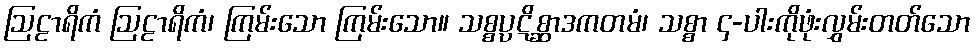
ဩဠာရိကံ ဩဠာရိကံ၊ ကြမ်းသော ကြမ်းသော။ သစ္စပ္ပဋိစ္ဆာဒကတမံ၊ သစ္စာ ၄-ပါးကိုဖုံးလွှမ်းတတ်သော